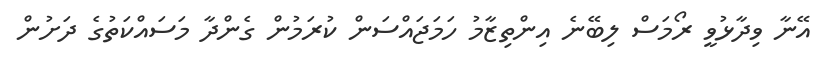
އޭނާ ވިދާޅުވީ ރޯމަސް ލިބޭނެ އިންތިޒާމު ހަމަޖައްސަން ކުރަމުން ގެންދާ މަސައްކަތުގެ ދަށުން